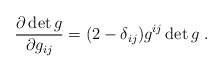
\begin{align*}\frac{\partial \det g}{\partial g_{ij}} = (2-\delta_{ij})g^{ij} \det g\ .\end{align*}